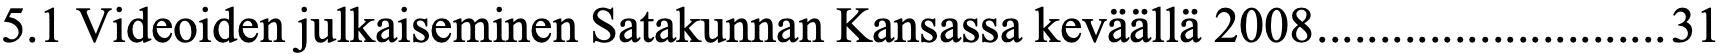
5.1 Videoiden julkaiseminen Satakunnan Kansassa keväällä 2008............................31